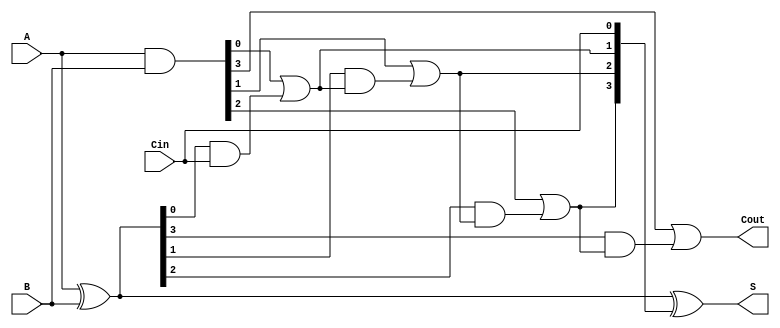
module VLCLA #(parameter N = 4) (
    input  [N-1:0] A,     // First n-bit input
    input  [N-1:0] B,     // Second n-bit input
    input          Cin,    // Carry-in
    output [N-1:0] S,     // n-bit sum output
    output         Cout     // Carry-out
);

    // Generate and Propagate signals
    wire [N-1:0] G; // Generate signals
    wire [N-1:0] P; // Propagate signals
    wire [N:0] C;   // Carry signals

    // Generate and Propagate calculations
    assign G = A & B;          // G_i = A_i AND B_i
    assign P = A ^ B;          // P_i = A_i XOR B_i

    // Carry signals calculation
    assign C[0] = Cin; // C_0 = Cin

    genvar i;
    generate
        for (i = 0; i < N; i = i + 1) begin : carry_logic
            if (i == 0) begin
                assign C[i + 1] = G[i] | (P[i] & C[i]); // C_1
            end else begin
                assign C[i + 1] = G[i] | (P[i] & C[i]); // C_(i+1)
            end
        end
    endgenerate

    // Sum calculation
    assign S = P ^ C[N-1:0]; // S_i = P_i XOR C_i
    assign Cout = C[N];      // Carry-out

endmodule